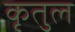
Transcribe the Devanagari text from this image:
कृतुल